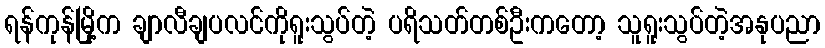
ရန်ကုန်မြို့က ချာလီချပလင်ကိုရူးသွပ်တဲ့ ပရိသတ်တစ်ဦးကတော့ သူရူးသွပ်တဲ့အနုပညာ